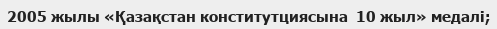
2005 жылы «Қазақстан конститутциясына  10 жыл» медалі;